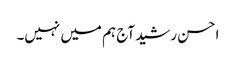
احسن رشید آج ہم میں نہیں۔